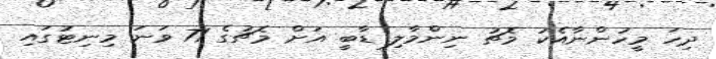
ދިހަ މީހުންނާއެކު މެޗު ނިންމާލި ޑާބީ އަށް މެޗުގެ 71 ވަނަ މިނިޓުގައި